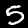
Label: 5